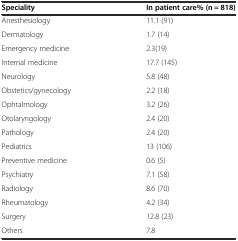
| Speciality | In patient care% (n = 818) |
 | --- | --- |
 | Anesthesiology | 11.1 (91) |
 | Dermatology | 1.7 (14) |
 | Emergency medicine | 2.3(19) |
 | Internal medicine | 17.7 (145) |
 | Neurology | 5.8 (48) |
 | Obstetics/gynecology | 2.2 (18) |
 | Ophtalmology | 3.2 (26) |
 | Otolaryngology | 2.4 (20) |
 | Pathology | 2.4 (20) |
 | Pediatrics | 13 (106) |
 | Preventive medicine | 0.6 (5) |
 | Psychiatry | 7.1 (58) |
 | Radiology | 8.6 (70) |
 | Rheumatology | 4.2 (34) |
 | Surgery | 12.8 (23) |
 | Others | 7.8 |